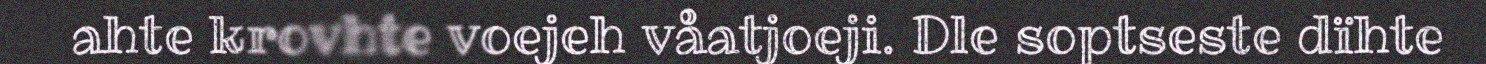
ahte krovhte voejeh våatjoeji. Dle soptseste dïhte